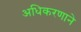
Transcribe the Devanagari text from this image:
अधिकरणाने